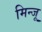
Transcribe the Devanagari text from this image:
मिन्जू